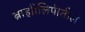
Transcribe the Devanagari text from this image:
ब्राह्मीलिपीतील